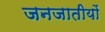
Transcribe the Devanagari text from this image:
जनजातीयों